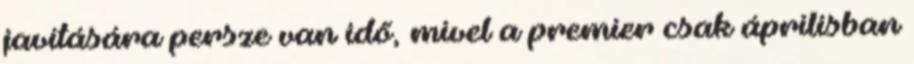
javítására persze van idő, mivel a premier csak áprilisban